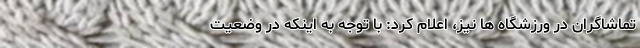
تماشاگران در ورزشگاه ها نیز، اعلام کرد: با توجه به اینکه در وضعیت